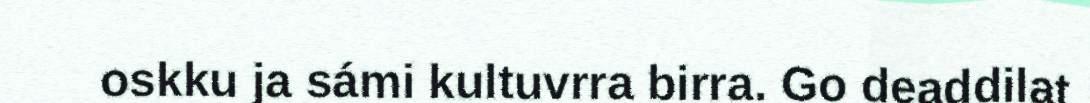
oskku ja sámi kultuvrra birra. Go deaddilat